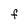
Character: F